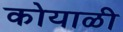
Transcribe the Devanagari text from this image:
कोयाळी